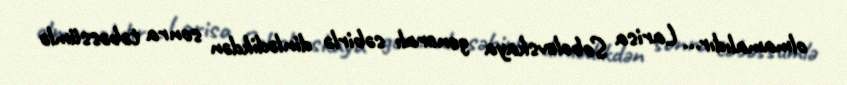
olmamalıdır... Larisa Sobolevskaya generalı səbirlə dinlədikdən sonra təbəssümlə